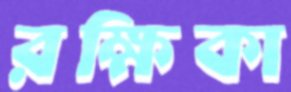
রক্ষিকা